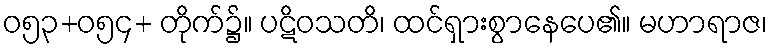
ဝ၅၃+ဝ၅၄+ တိုက်၌။ ပဋိဝသတိ၊ ထင်ရှားစွာနေပေ၏။ မဟာရာဇ၊